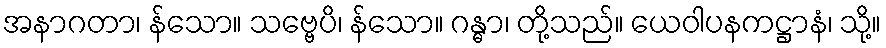
အနာဂတာ၊ န်သော။ သဗ္ဗေပိ၊ န်သော။ ဂန္ဓာ၊ တို့သည်။ ယေဝါပနကဋ္ဌာနံ၊ သို့။